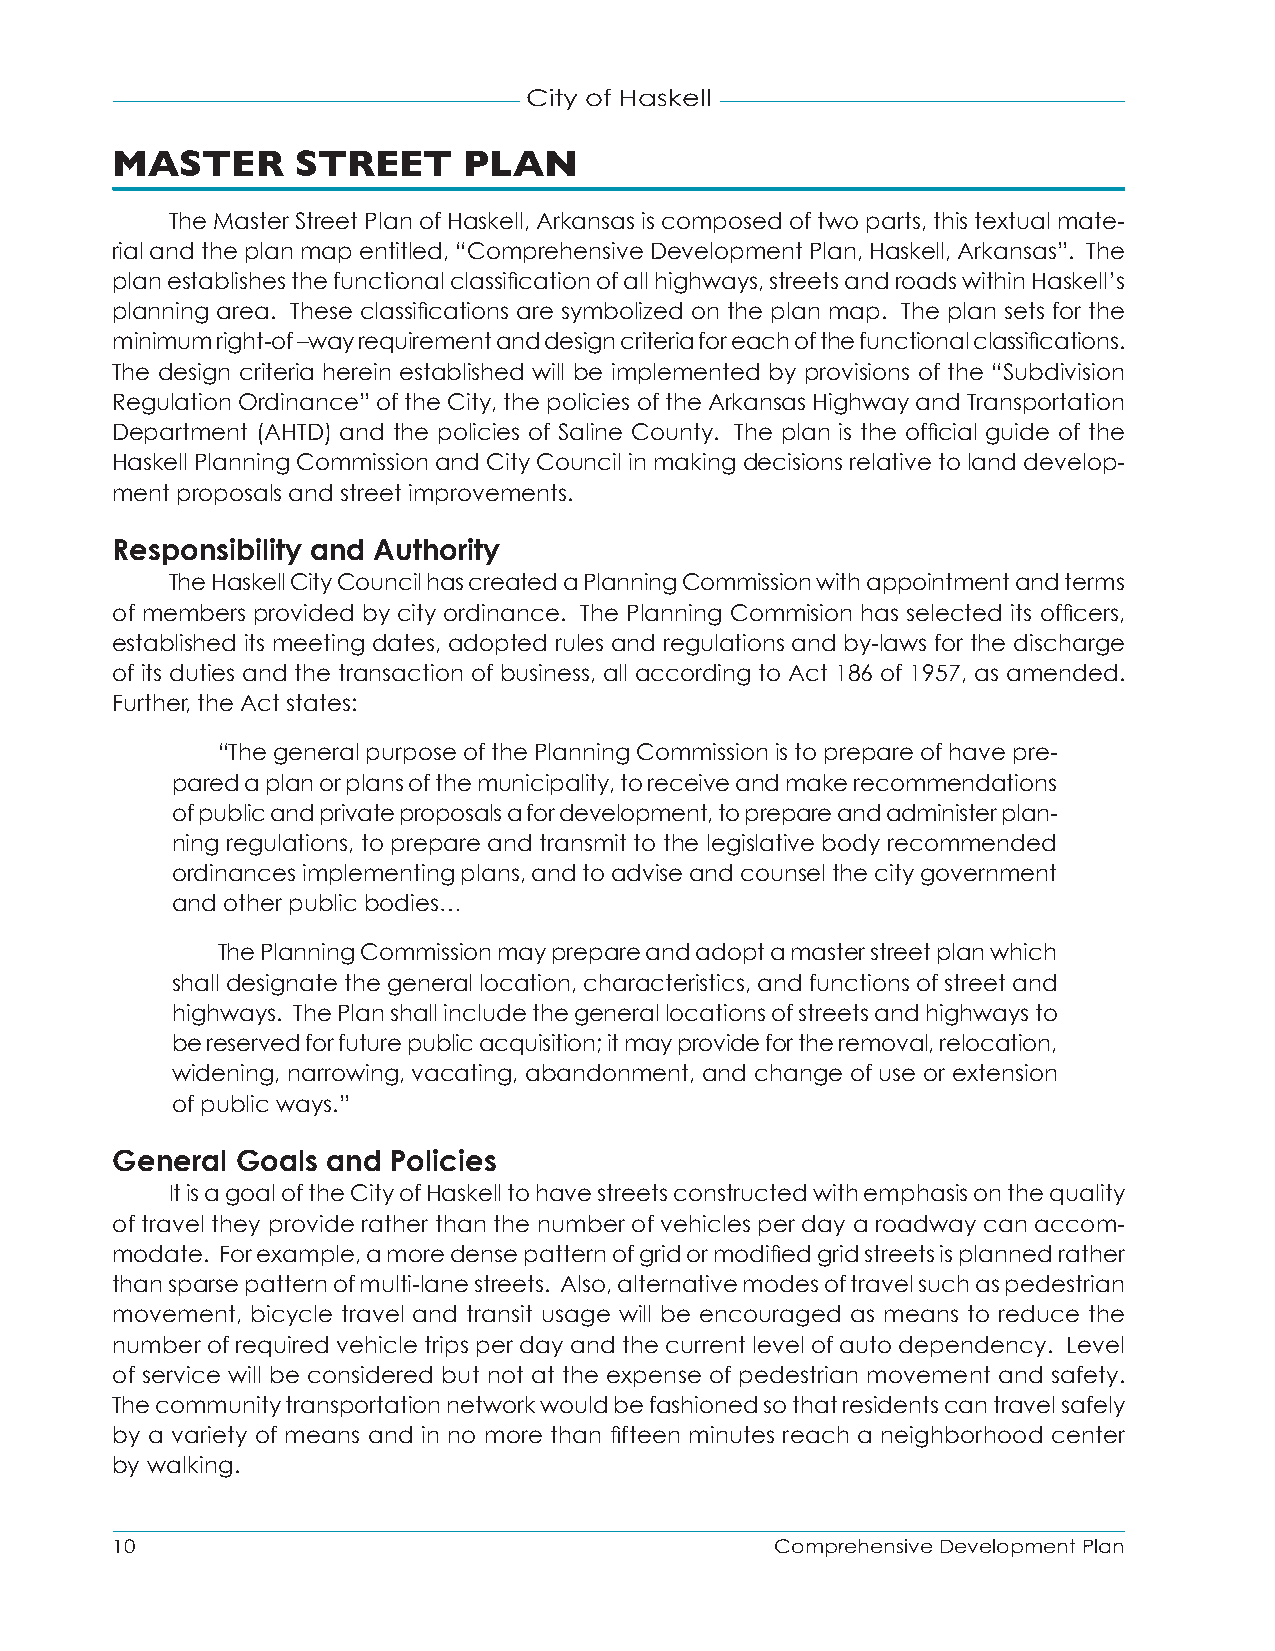
City of Haskell
 MASTER       STREET     PLAN
 The Master Street Plan of Haskell, Arkansas is composed of two parts, this textual mate-
 rial and the plan map entitled, “Comprehensive Development Plan, Haskell, Arkansas”. The
 plan establishes the functional classification of all highways, streets and roads within Haskell’s
 planning area. These classifications are symbolized on the plan map. The plan sets for the
 minimum right-of –way requirement and design criteria for each of the functional classifications.
 The design criteria herein established will be implemented by provisions of the “Subdivision
 Regulation Ordinance” of the City, the policies of the Arkansas Highway and Transportation
 Department (AHTD) and the policies of Saline County. The plan is the official guide of the
 Haskell Planning Commission and City Council in making decisions relative to land develop-
 ment proposals and street improvements.
 Responsibility and Authority
 The Haskell City Council has created a Planning Commission with appointment and terms
 of members provided by city ordinance. The Planning Commision has selected its officers,
 established its meeting dates, adopted rules and regulations and by-laws for the discharge
 of its duties and the transaction of business, all according to Act 186 of 1957, as amended.
 Further, the Act states:
 “The general purpose of the Planning Commission is to prepare of have pre-
 pared a plan or plans of the municipality, to receive and make recommendations
 of public and private proposals a for development, to prepare and administer plan-
 ning regulations, to prepare and transmit to the legislative body recommended
 ordinances implementing plans, and to advise and counsel the city government
 and other public bodies…
 The Planning Commission may prepare and adopt a master street plan which
 shall designate the general location, characteristics, and functions of street and
 highways. The Plan shall include the general locations of streets and highways to
 be reserved for future public acquisition; it may provide for the removal, relocation,
 widening, narrowing, vacating, abandonment, and change of use or extension
 of public ways.”
 General  Goals and Policies
 It is a goal of the City of Haskell to have streets constructed with emphasis on the quality
 of travel they provide rather than the number of vehicles per day a roadway can accom-
 modate. For example, a more dense pattern of grid or modified grid streets is planned rather
 than sparse pattern of multi-lane streets. Also, alternative modes of travel such as pedestrian
 movement, bicycle travel and transit usage will be encouraged as means to reduce the
 number of required vehicle trips per day and the current level of auto dependency. Level
 of service will be considered but not at the expense of pedestrian movement and safety.
 The community transportation network would be fashioned so that residents can travel safely
 by a variety of means and in no more than fifteen minutes reach a neighborhood center
 by walking.
 10                                          Comprehensive Development Plan